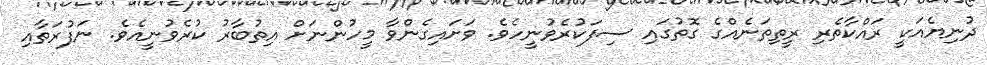
ދުނިޔެއަކީ ރައްކާތެރި ރީތިތަނެއްގެ ގޮތުގައި ސިފަކުރެވުނީހެވެ. ވަށައިގެންވާ މީހުންނަށް އިތުބާރު ކުރެވުނީއެވެ. ނަފުރަތާއި